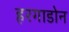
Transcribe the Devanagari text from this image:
हरगाडोन